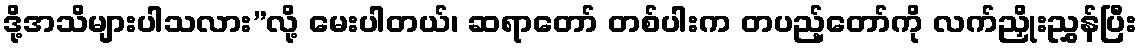
ဒို့အသိများပါသလား”လို့ မေးပါတယ်၊ ဆရာတော် တစ်ပါးက တပည့်တော်ကို လက်ညှိုးညွှန်ပြီး